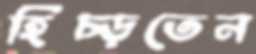
হিঁচ্‌ড়তেন